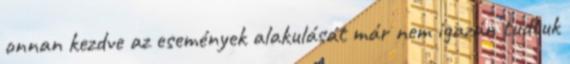
onnan kezdve az események alakulását már nem igazán tudtuk